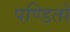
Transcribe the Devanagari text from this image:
पण्डितो